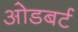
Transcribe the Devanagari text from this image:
ओडबर्ट